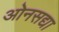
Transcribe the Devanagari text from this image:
ओनसद्या